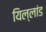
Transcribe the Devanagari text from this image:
यिल्लांड